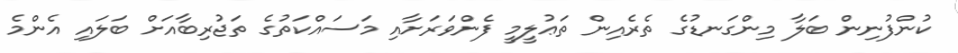
ކުންފުނިން ބަލާ މިންގަނޑުގެ ތެރެއިން ތަޢުލީމީ ފެންވަރަށާއި މަސައްކަތުގެ ތަޖުރިބާއަށް ބަލައި އެންމެ